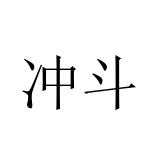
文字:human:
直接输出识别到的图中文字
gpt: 冲斗